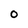
Character: 0